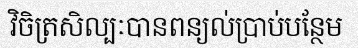
វិចិត្រសិល្បៈបានពន្យល់ប្រាប់បន្ថែម